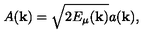
A ( { \bf k } ) = \sqrt { 2 E _ { \mu } ( { \bf k } ) } a ( { \bf k } ) ,